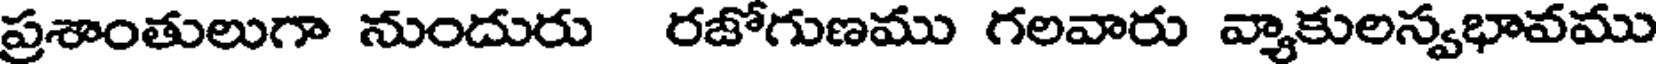
ప్రశాంతులుగా నుందురు రజోగుణము గలవారు వ్యాకులస్వభావము